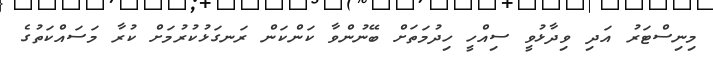
މިނިސްޓަރު އަދި ވިދާޅުވީ ސިއްހީ ހިދުމަތަށް ބޭނުންވާ ކަންކަން ރަނގަޅުކުރުމަށް ކުރާ މަސައްކަތުގެ